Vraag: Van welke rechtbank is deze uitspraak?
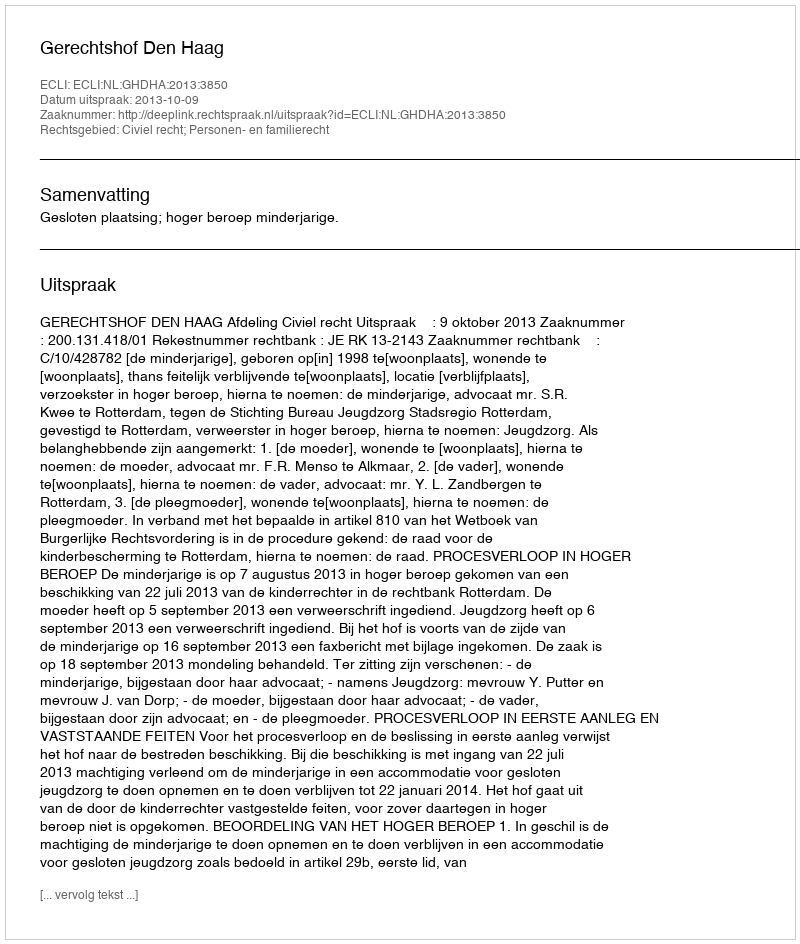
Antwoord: Gerechtshof Den Haag